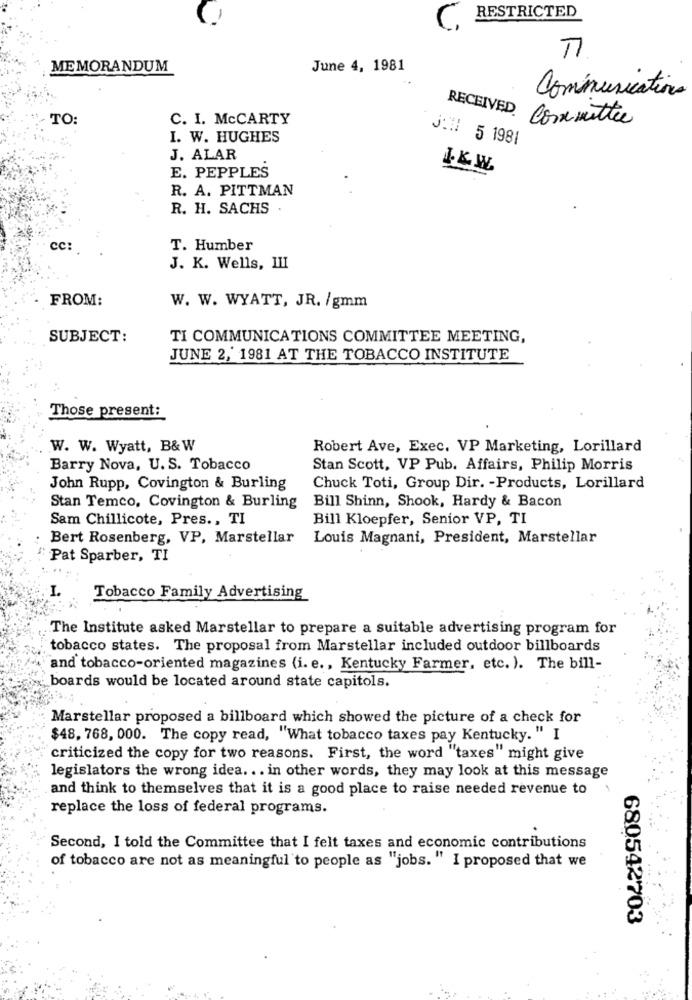
-
RESTRICTED
MEMORANDUM
June 4, 1981
Communications
TO:
C. I. MCCARTY
RECEIVED
Committee
I. W. HUGHES
J:# 5 1981
J. ALAR
E. PEPPLES
R. A. PITTMAN
R. H. SACHS
cc:
T. Humber
J. K. Wells, III
FROM:
W. W. WYATT, JR. /gmm
SUBJECT:
TI COMMUNICATIONS COMMITTEE MEETING,
JUNE 2, 1981 AT THE TOBACCO INSTITUTE
Those present:
W. W. Wyatt, B& W
Robert Ave, Exec. VP Marketing, Lorillard
Barry Nova, U.S. Tobacco
Stan Scott, VP Pub. Affairs, Philip Morris
John Rupp, Covington & Burling
Chuck Toti, Group Dir. - Products, Lorillard
Bill Shinn, Shook, Hardy & Bacon
Stan Temco, Covington & Burling
Sam Chillicote, Pres ., TI
Bill Kloepfer, Senior VP, TI
Bert Rosenberg, VP, Marstellar
Louis Magnani, President, Marstellar
Pat Sparber, TI
I.
Tobacco Family Advertising
The Institute asked Marstellar to prepare a suitable advertising program for
tobacco states. The proposal from Marstellar included outdoor billboards
"and tobacco-oriented magazines (i. e ., Kentucky Farmer, etc. ). The bill-
boards would be located around state capitols.
Marstellar proposed a billboard which showed the picture of a check for
$48, 768, 000. The copy read, "What tobacco taxes pay Kentucky. " I
criticized the copy for two reasons. First, the word "taxes" might give
legislators the wrong idea ... in other words, they may look at this message
and think to themselves that it is a good place to raise needed revenue to
replace the loss of federal programs.
Second, I told the Committee that I felt taxes and economic contributions
of tobacco are not as meaningful to people as "jobs. " I proposed that we
680542703